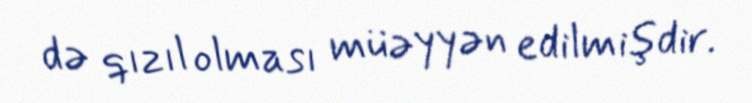
də qızıl olması müəyyən edilmişdir.